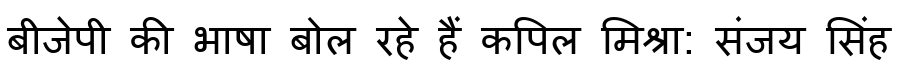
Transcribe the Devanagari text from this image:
बीजेपी की भाषा बोल रहे हैं कपिल मिश्रा: संजय सिंह